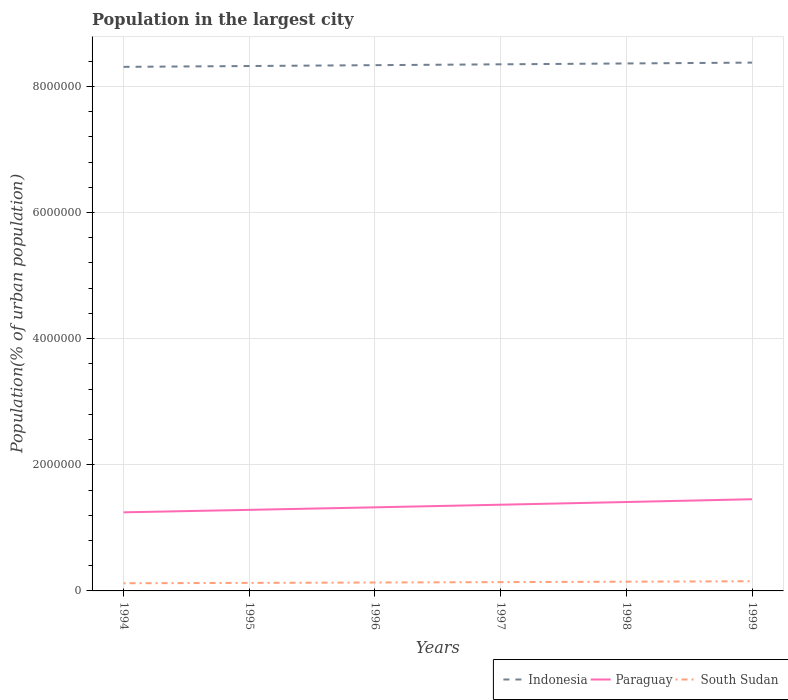
| Years | Indonesia | Paraguay | South Sudan |
 | --- | --- | --- | --- |
 | 1994 | 8.31e+06 | 1.25e+06 | 1.22e+05 |
 | 1995 | 8.32e+06 | 1.29e+06 | 1.27e+05 |
 | 1996 | 8.34e+06 | 1.33e+06 | 1.33e+05 |
 | 1997 | 8.35e+06 | 1.37e+06 | 1.4e+05 |
 | 1998 | 8.36e+06 | 1.41e+06 | 1.46e+05 |
 | 1999 | 8.38e+06 | 1.45e+06 | 1.53e+05 |